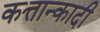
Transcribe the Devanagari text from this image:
कत्तान्कादी